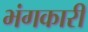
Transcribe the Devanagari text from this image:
भंगकारी